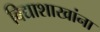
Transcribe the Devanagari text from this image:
विद्याशाखांना